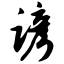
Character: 谚